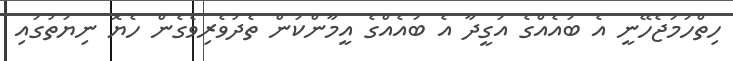
ހިތްހަމަޖެހޭނީ އެ ބައެއްގެ އަގީދާ އެ ބައެއްގެ އީމާންކަން ތެދުވެރިވެގެން ހެޔޮ ނިޔަތުގައި